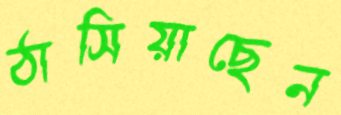
ঠাসিয়াছেন